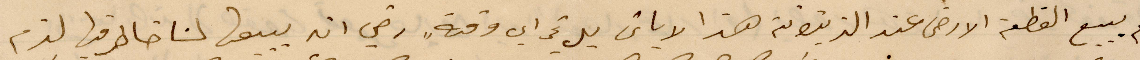
لم يبيع القطعة الأرض عند الزيتونة هذا الاباتي بل تحداي وقته رضي انه يبيعها لنا خاطر فيها لزم